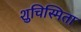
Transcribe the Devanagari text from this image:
शुचिस्मिता